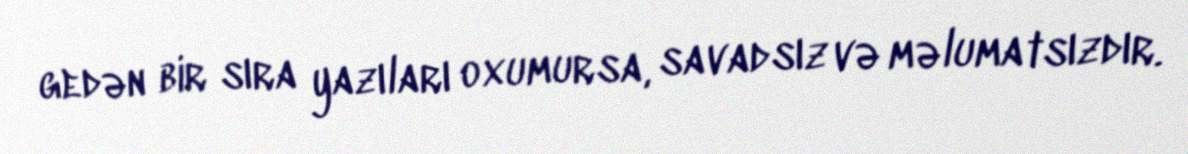
gedən bir sıra yazıları oxumursa, savadsız və məlumatsızdır.